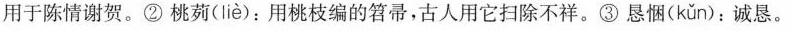
用于陈情谢贺。②桃药( liè )：用桃枝编的笤帚，古人用它扫除不祥。③恳悃( kǔn )：诚恳。